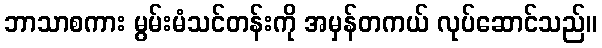
ဘာသာစကား မွမ်းမံသင်တန်းကို အမှန်တကယ် လုပ်ဆောင်သည်။